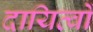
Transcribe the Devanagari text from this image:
दायित्‍वों